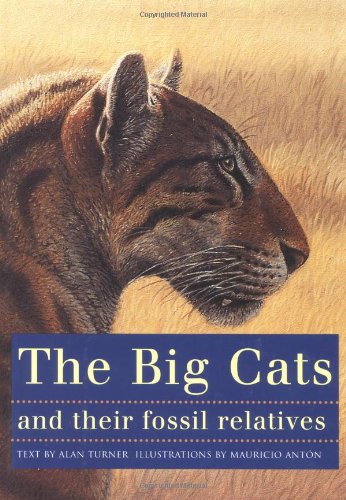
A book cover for The Big Cats and Their Fossil Relatives; Mauricio AntÃ³n; Science & Math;